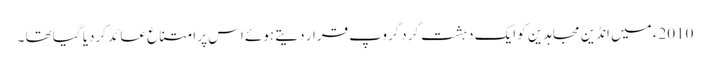
2010ء میں انڈین مجاہدین کو ایک دہشت گردگروپ قرار دیتے ہوئے اس پر امتناع عائد کردیا گیا تھا ۔